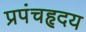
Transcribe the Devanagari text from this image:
प्रपंचहृदय